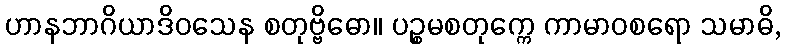
ဟာနဘာဂိယာဒိဝသေန စတုဗ္ဗိဓော။ ပဉ္စမစတုက္ကေ ကာမာဝစရော သမာဓိ,